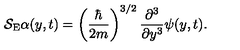
{ \cal S } _ { \mathrm { E } } \alpha ( y , t ) = \left( \frac { \hbar } { 2 m } \right) ^ { 3 / 2 } \frac { \partial ^ { 3 } } { \partial y ^ { 3 } } \psi ( y , t ) .